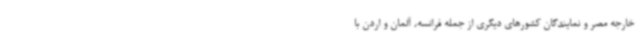
خارجه مصر و نمایندگان کشورهای دیگری از جمله فرانسه، آلمان و اردن با